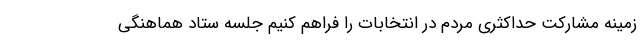
زمینه مشارکت حداکثری مردم در انتخابات را فراهم کنیم جلسه ستاد هماهنگی